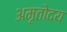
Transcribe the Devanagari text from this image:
अमृतोदय